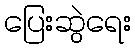
ပြေးဆွဲရေး